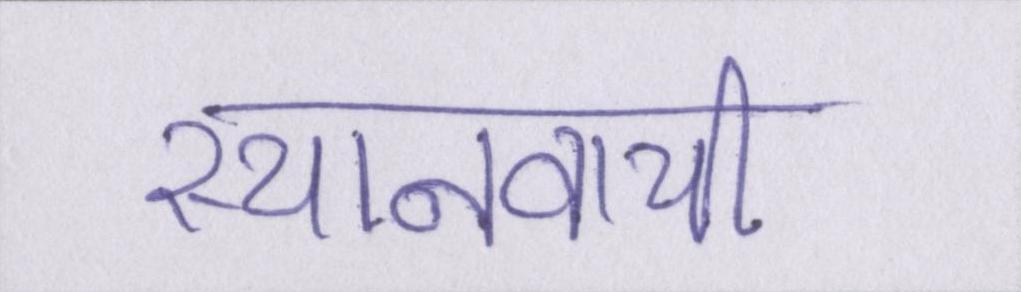
स्थानवाची